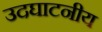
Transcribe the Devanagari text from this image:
उदघाटनीय